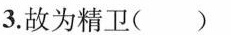
3.故为精卫()